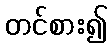
တင်စား၍